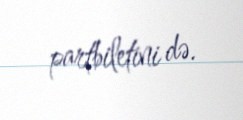
partbiletini də.